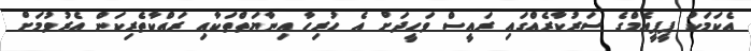
އެކަމަކު ޕީޕީއެމްގެ ސަރުކާރެއްގައި ރައީސް ވަހީދަށް އެ ހުރިހާ އިނާޔަތްތަކާއި ރައްކާތެރިކަން އެރުވުމަށް